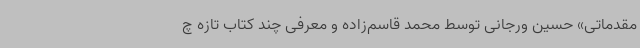
مقدماتی» حسین ورجانی توسط محمد قاسم‌زاده و معرفی چند کتاب تازه ‌چ